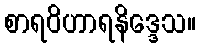
စာရဝိဟာရနိဒ္ဒေသ။